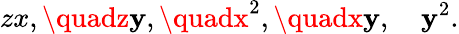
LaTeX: zx,\quadz\mathbf{y},\quadx^{2},\quadx\mathbf{y},\quad\mathbf{y}^{2}.